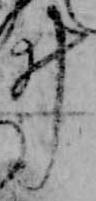
ヰ